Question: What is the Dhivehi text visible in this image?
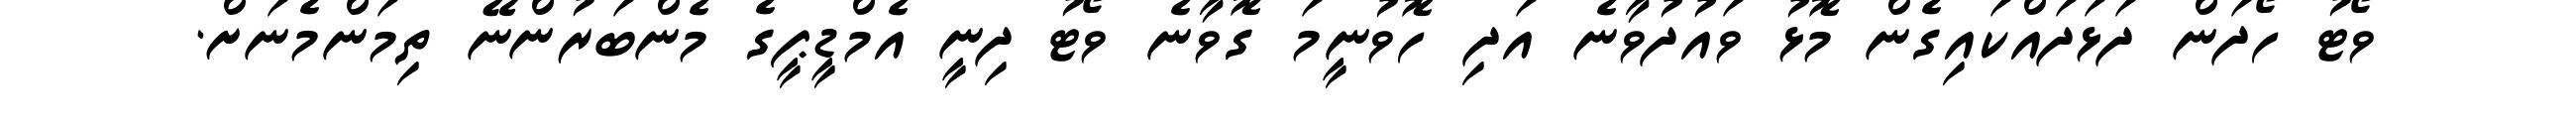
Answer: ވޯޓު ހޯދަން ދަޅަދައްކައިގެން މޮޅު ވައުދުވާނެ އަދި ހޮވުނީމަ ގޮވާނެ ވޯޓު ދިނީ އެމްޑީޕީގެ މެންބަރުންނޭ ތިމަންމެނަށް.